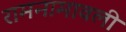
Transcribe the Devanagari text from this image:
रामनामावली